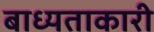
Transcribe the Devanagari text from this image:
बाध्यताकारी